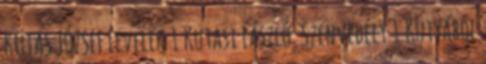
KUTAS JÓZSEF Levelek 1 Kutasi László: Szenvedély 1 Kutyából